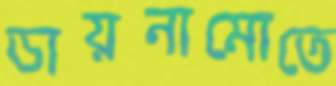
ডায়নামোতে